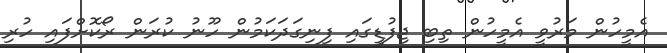
އެމީހުން މަރުވީ އެމީހުން ތިބި ޖިފުޑީގައި ފިނިގަދަކަމުން ހޫނު ކުރަން ރޯކޮށްފައި ހުރި